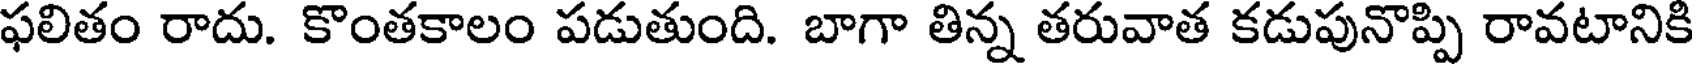
ఫలితం రాదు. కొంతకాలం పడుతుంది. బాగా తిన్న తరువాత కడుపునొప్పి రావటానికి